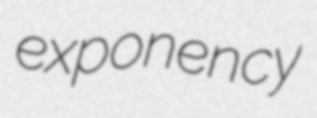
exponency